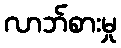
လာဘ်စားမှု